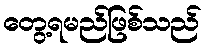
တွေ့ရမည်ဖြစ်သည်